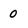
Character: 0